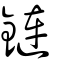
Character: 鏈